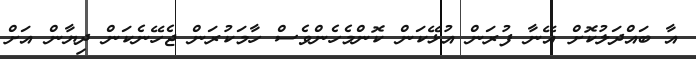
އާ ބައްދަލުކޮށް އޭނާ ފުރަން އުޅޭކަން ކޮންމެހެންވެސް ހާމަކުރަން ޖެހޭނެކަން ދިޔާން އަށް